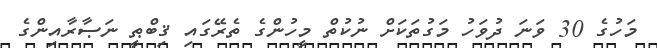
މަހުގެ 30 ވަނަ ދުވަހު މަގުތަކަށް ނުކުތް މީހުންގެ ތެރޭގައި ޤިބްޠީ ނަޞާރާއިންގެ